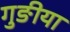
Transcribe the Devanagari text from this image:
गुङीया